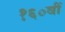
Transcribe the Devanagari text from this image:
१६०वीं